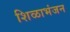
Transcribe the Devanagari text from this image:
शिळाभंजन